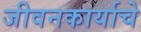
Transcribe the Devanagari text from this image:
जीवनकार्याचे